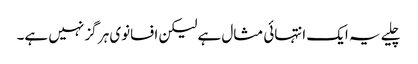
چلیے یہ ایک انتہائی مثال ہے لیکن افسانوی ہر گز نہیں ہے۔